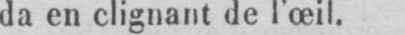
da en clignant de l’œil.